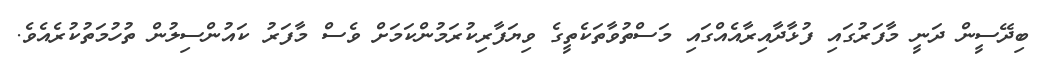
ބިދޭސީން ދަނީ މާފަރުގައި ފުޅާދާއިރާއެއްގައި މަސްތުވާތަކެތީގެ ވިޔަފާރިކުރަމުންކަމަށް ވެސް މާފަރު ކައުންސިލުން ތުހުމަތުކުރެއެވެ.